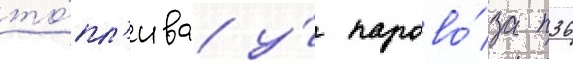
то́пл'ива у́ парово́за п36